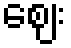
ဈေး